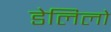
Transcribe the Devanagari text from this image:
डेलिलो